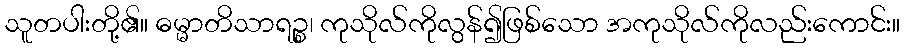
သူတပါးတို့၏။ ဓမ္မာတိသာရဉ္စ၊ ကုသိုလ်ကိုလွန်၍ဖြစ်သော အကုသိုလ်ကိုလည်းကောင်း။